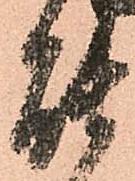
能